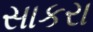
સાકરા